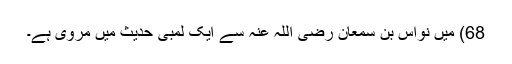
68) میں نواس بن سمعان رضی اللہ عنہ سے ایک لمبی حدیث میں مروی ہے۔